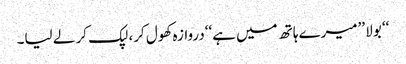
‘‘ بولا ’’میرے ہاتھ میں ہے‘‘دروازہ کھول کر، لپک کر لے لیا۔